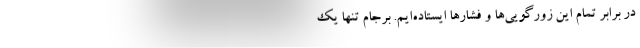
در برابر تمام این زورگویی‌ها و فشارها ایستاده‌ایم. برجام تنها یک